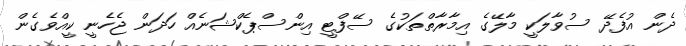
ދެން އުފެދޭ ސުވާލަކީ މާލޭގެ އިމާރާތްތަކުގެ ސޭފްޓީ އިންސްޕެކްޝަނެއް ހަދަން ޖެހެނީ ކީއްވެގެން